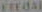
FREDAL